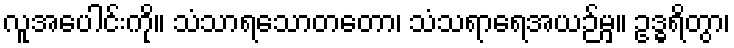
လူအပေါင်းကို။ သံသာရသောတတော၊ သံသရာရေအယဉ်မှ။ ဥဒ္ဓရိတွာ၊